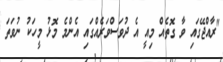
"ރާއްޖޭގައި ވާ ގޮތެއް މިއީ އެ ދުވަސްވަރެއްގައި އެންމެ މޮޅު މީހަކު ނުވަތަ